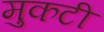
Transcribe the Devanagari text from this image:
मुकटी